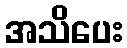
အသိပေး